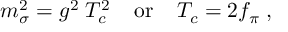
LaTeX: m _ { \sigma } ^ { 2 } = g ^ { 2 } \; T _ { c } ^ { 2 } \; \; \; \; \mathrm { o r } \; \; \; \; T _ { c } = 2 f _ { \pi } \; ,